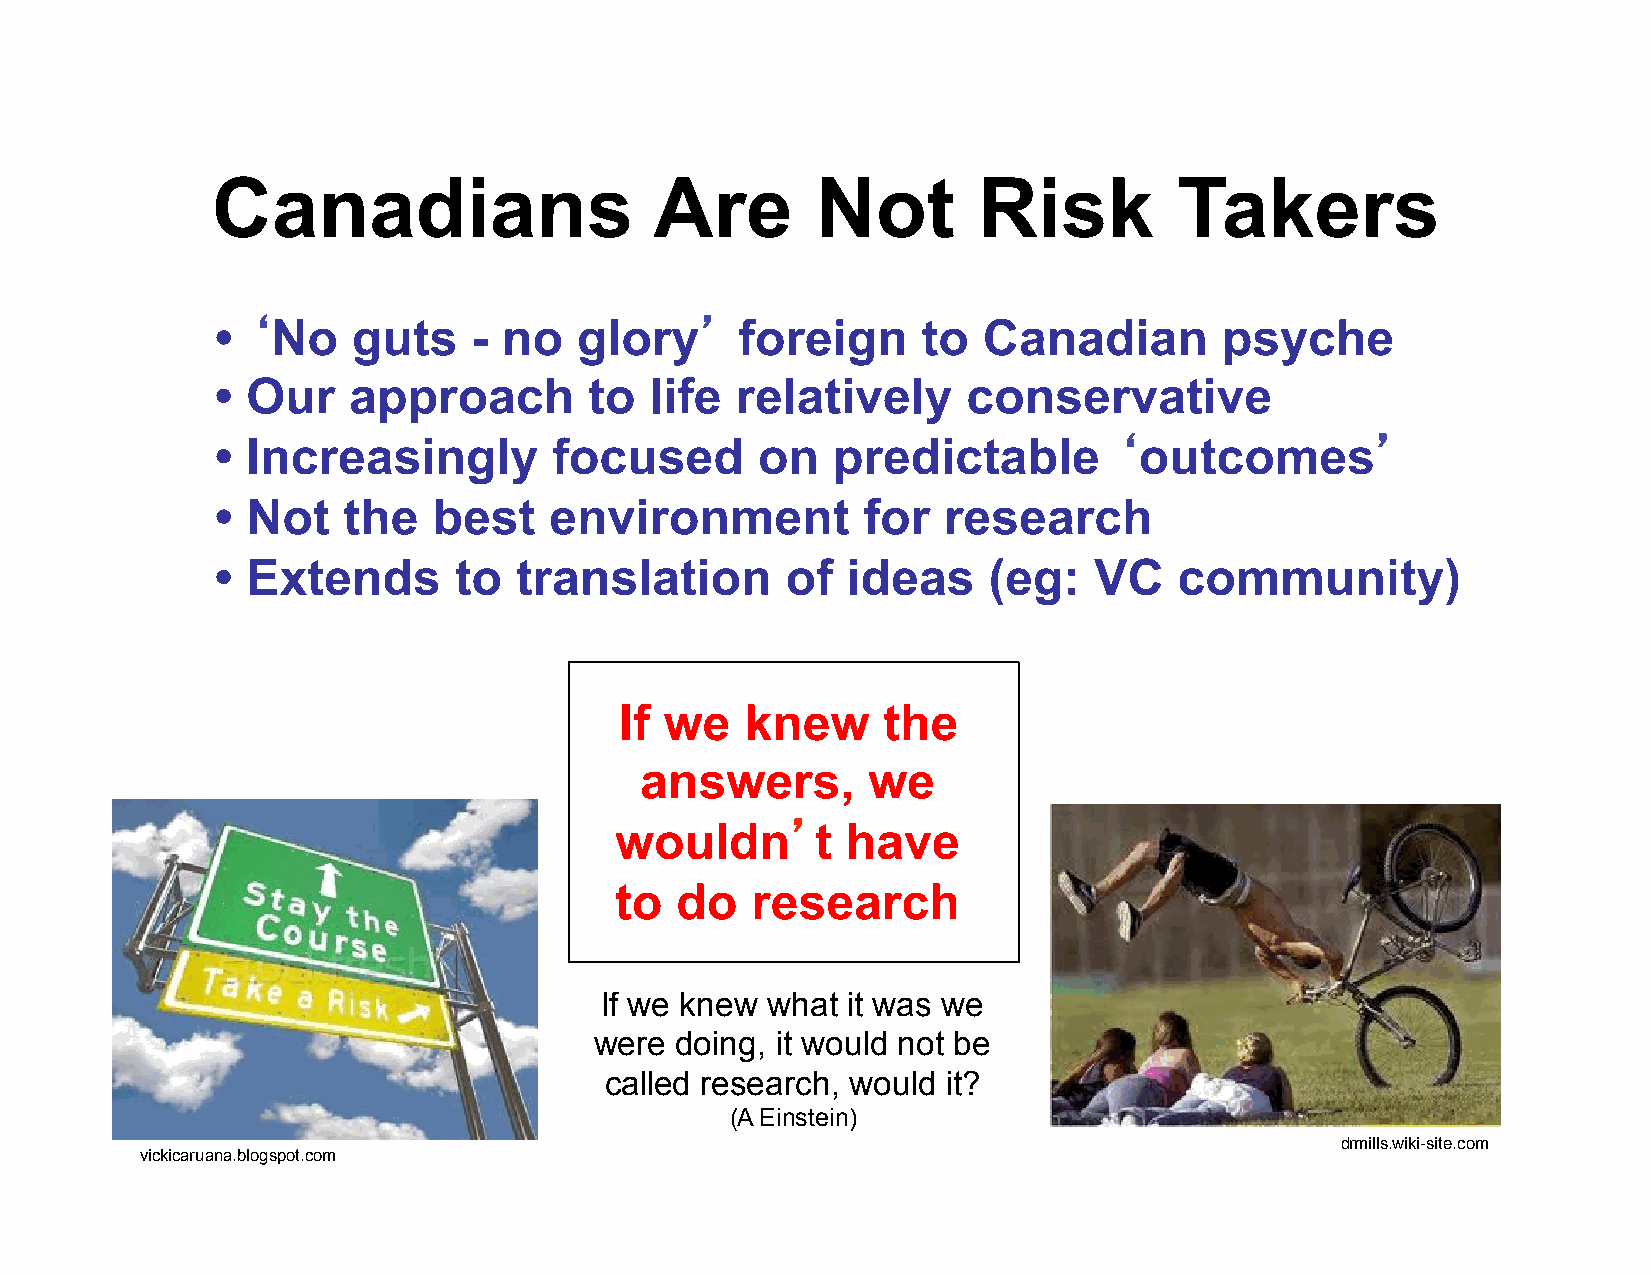
Canadians                    Are        Not        Risk         Takers
 • ‘No    guts    - no   glory’     foreign     to  Canadian        psyche
 • Our    approach        to  life  relatively     conservative
 • Increasingly         focused      on   predictable        ‘outcomes’
 • Not    the   best   environment          for  research
 • Extends       to  translation       of  ideas    (eg:   VC    community)
 If we   knew     the
 answers,       we
 wouldn’t       have
 to  do   research
 If we knew what it was we
 were  doing, it would not be
 called research, would it?
 (A Einstein)
 drmills.wiki-site.com
 vickicaruana.blogspot.com